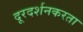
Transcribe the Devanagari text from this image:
दूरदर्शनकरता